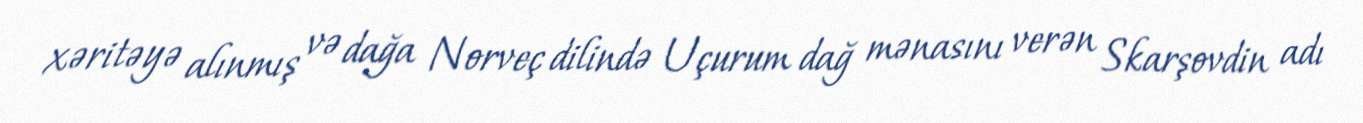
xəritəyə alınmış və dağa Norveç dilində Uçurum dağ mənasını verən Skarşovdin adı